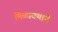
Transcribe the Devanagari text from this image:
मिळावयाचे